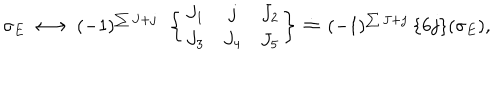
\sigma _ { E } \, \longleftrightarrow \, ( - 1 ) ^ { \sum J + j } \: \: \left\{ \begin{array} { c c c } { { J _ { 1 } } } & { { j } } & { { J _ { 2 } } } \\ { { J _ { 3 } } } & { { J _ { 4 } } } & { { J _ { 5 } } } \\ \end{array} \right\} \, \doteq \, ( - 1 ) ^ { \sum J + j } \: \{ 6 j \} ( \sigma _ { E } ) ,